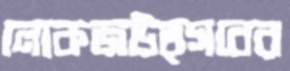
লোকজউত্সবের